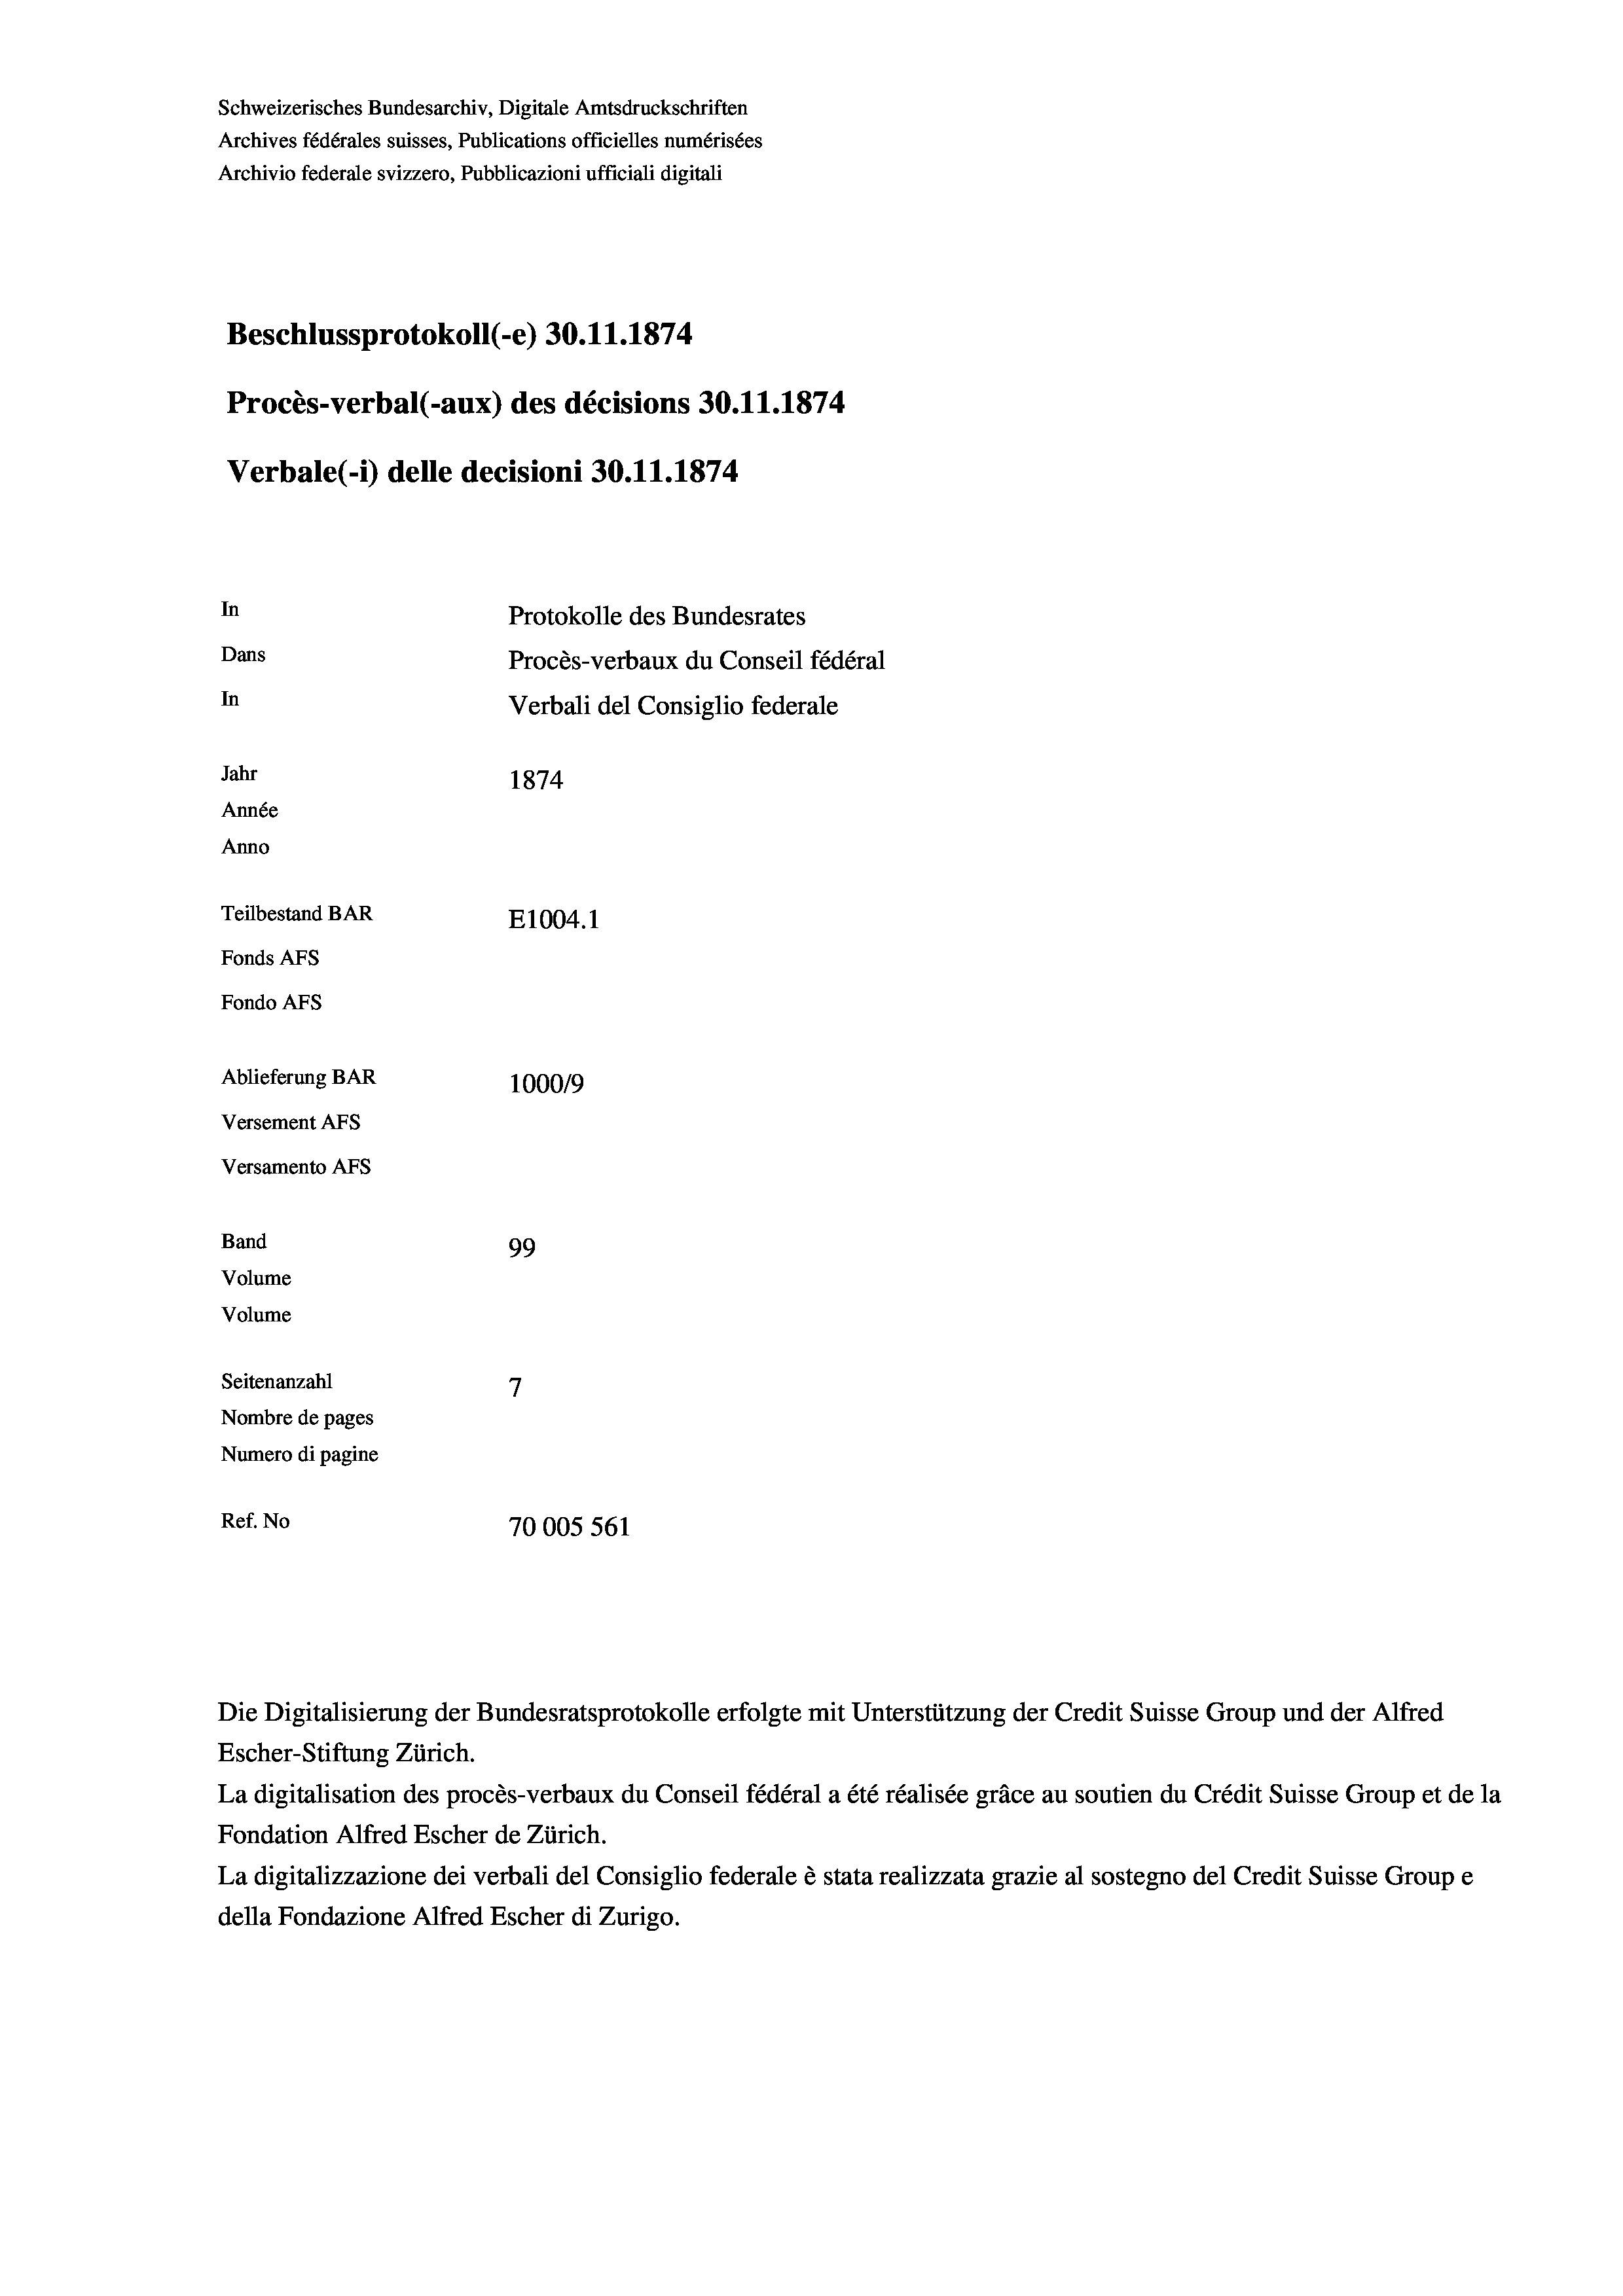
Schweizerisches Bundesarchiv, Digitale Amtsdruckschriften
Archives fédérales suisses, Publications officielles numérisées
Archivio federale svizzero, Pubblicazioni ufficiali digitali
Beschlussprotokoll (-e) 30.11.1874
Procès-verbal (-aux) des décisions 30.11.1874
Verbale(-*) delle decisioni 30.11.1874
In
Protokolle des Bundesrates
Dans
Procès-verbaux du Conseil fédéral
In
Verbali del Consiglio federale
Jahr
1874
Année
Anno
Teilbestand BAR
E1004. 1
Fonds AEs
Fondo AFs
Ablieferung BAR
100019
Versement AFS
Versamento AFs
Band
99
Volume
Volume

7
Seitenanzahl
Nombre de pages
Numero di pagine
Ref. No
70005 561

Die Digitalisierung der Bundesratsprotokolle erfolgte mit Unterstützung der Credit Suisse Group und der Alfred
Escher-Stiftung Zürich.
La digitalisation des procès-verbaux du Conseil fédéral a été réalisée gräce au soutien du Crédit Suisse Group et de la
Fondation Alfred Escher de Zürich.
La digitalizzazione dei verbali del Consiglio federale è stata realizzata grazie al sostegno del Credit Suisse Groupe
della Fondazione Alfred Escher di Zurigo.